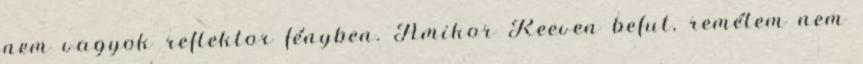
nem vagyok reflektor fényben. Amikor Reeven befut, remélem nem